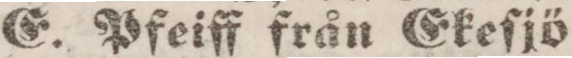
E. Pfeiff från Gkeſjö